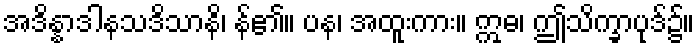
အဒိန္နာဒါနသဒိသာနိ၊ န်၏။ ပန၊ အထူးကား။ ဣဓ၊ ဤသိက္ခာပုဒ်၌။